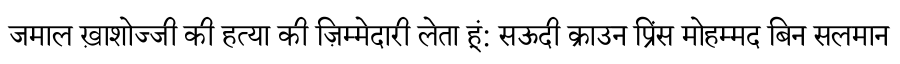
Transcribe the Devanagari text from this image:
जमाल ख़ाशोज्जी की हत्या की ज़िम्मेदारी लेता हूं: सऊदी क्राउन प्रिंस मोहम्मद बिन सलमान